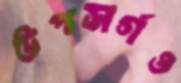
উপসর্গও